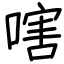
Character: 嗐